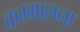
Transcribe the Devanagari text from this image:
कम्मालना